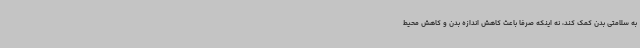
به سلامتی بدن کمک کند، نه اینکه صرفا باعث کاهش اندازه بدن و کاهش محیط